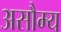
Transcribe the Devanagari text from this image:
असौम्य